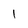
Character: 1